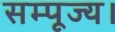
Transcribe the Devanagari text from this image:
सम्पूज्य।